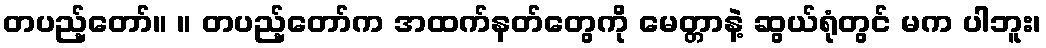
တပည့်တော်။ ။ တပည့်တော်က အထက်နတ်တွေကို မေတ္တာနဲ့ ဆွယ်ရုံတွင် မက ပါဘူး၊